Report of the Bombay Plague Committee
Disease focus: Plague
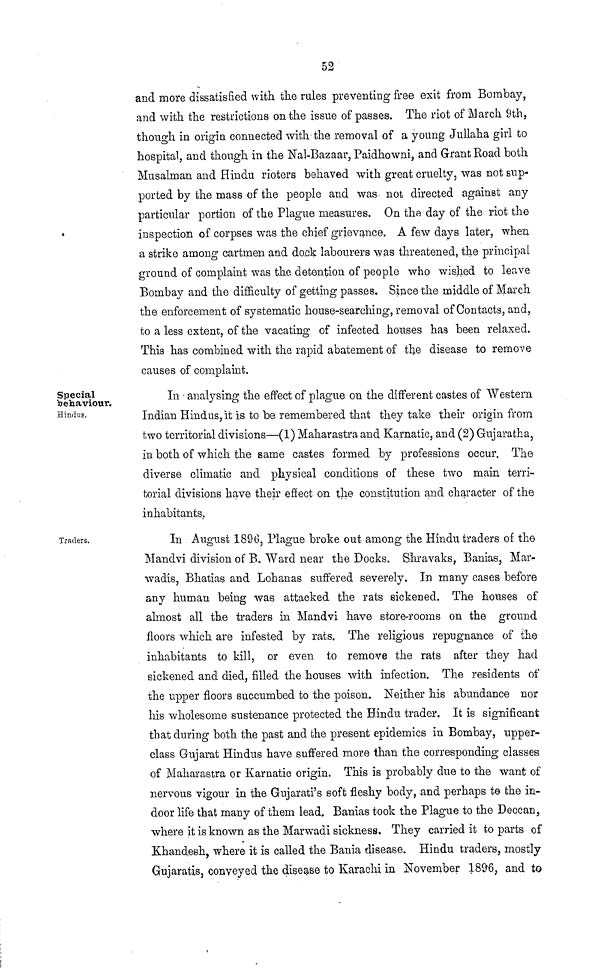
52
and more dissatisfied with the rules preventing free exit from Bombay,
and with the restrictions on the issue of passes. The riot of March 9th,
though in origin connected with the removal of a young Jullaha girl to
hospital, and though in the Nal-Bazaar, Paidhowni, and Grant Road both
Musalman and Hindu rioters behaved with great cruelty, was not sup-
ported by the mass of the people and was not directed against any
particular portion of the Plague measures. On the day of the riot the
inspection of corpses was the chief grievance, A few days later, when
a strike among cartmen and dock labourers was threatened, the principal
ground of complaint was the detention of people who wished to leave
Bombay and the diffculty of getting passes. Since the middle of March,
the enforcement of systematic house-searching, removal of Contacts, and,
to a less extent, of the vacating of infected houses has been relaxed.
This has combined with the rapid abatement of the disease to remove
causes of complaint.
Special
behaviour.
Hindus.
In analysing the effect of plague on the different castes of Western
Indian Hindus, it Is to be remembered that they take their origin from
two territorial divisions—(1) Maharastra and Karnatic, and (2) Gujaratha,
in both of which the same castes formed by professions occur. The
diverse climatic and physical conditions of these two main terri-
torial divisions have their effect on the- constitution and character of the
inhabitants.
Traders.
In August 1896, Plague broke out among the Hindu traders or the
Mandvi division of B. Ward near the Docks. Shravaks, Banias, Mar-
wadis, Bhatias and Loha-nas suffered severely. In many cases before
any human being was attacked the rats sickened. The houses of
almost all the traders in Mandvi have store-rooms on the ground
floors which are infested by rats. The religious repugnance of the
inhabitants to kill, or even to remove the rats after they had
sickened and died, filled the houses with infection. The residents of
the upper floors succumbed to the poison. Neither his abundance nor
his wholesome sustenance protected the Hindu trader. It is significant
that during both the past and the present epidemics in Bombay, upper-
class Gujarat Hindus have suffered more than the corresponding classes
of Maharastra or Karnatic origin. This is probably due to the want of
nervous vigour in the Gujarati's soft fleshy body, and perhaps to the in-
door life that many of them lead. Banias took the Plague to the Deccan,
where it is known as the Marwadi sickness. They carried it to parts of
Khand.esh, where it is called the Bania disease. Hindu traders, mostly
Gujaratis, conveyed the disease to Karachi in November 18%, and to